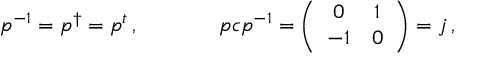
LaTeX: \begin{array} { c c } { { p ^ { - 1 } = p ^ { \dagger } = p ^ { t } \, , ~ ~ ~ ~ } } & { { ~ ~ ~ ~ p c p ^ { - 1 } = \left( \begin{array} { c c } { { 0 } } & { { 1 } } \\ { { - 1 } } & { { 0 } } \end{array} \right) = j \, , } } \end{array}